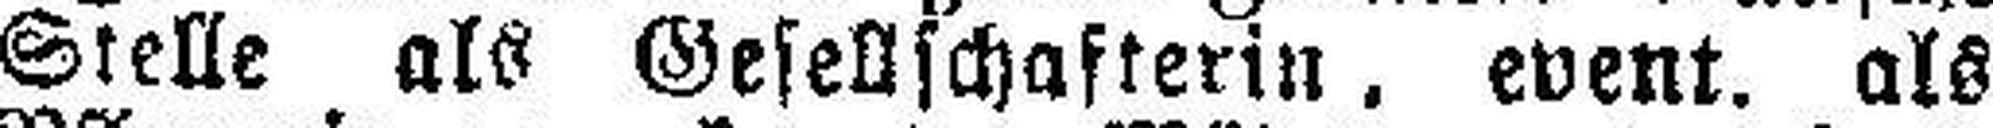
Stelle als Gesellschafterin, event. als